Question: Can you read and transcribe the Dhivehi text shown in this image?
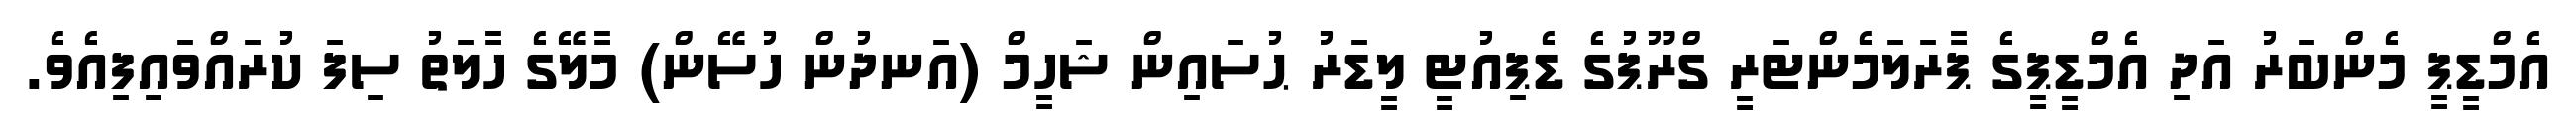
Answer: އެމްޑީޕީ މެންބަރު އަދި އެމްޑީޕީގެ ޕާރަލަމެންޓަރީ ގްރޫޕުގެ ޑެޕިއުޓީ ލީޑަރު ޙުސައިން ޝަހީމް (އަނދުން ހުސޭން) މާލޭގެ ހާލަތު ސިފަ ކުރައްވައިފިއެވެ.